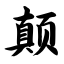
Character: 颠